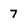
Character: 7